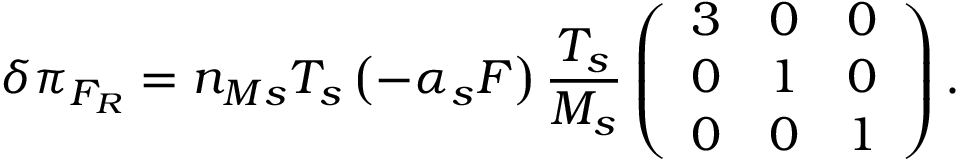
\delta \pi _ { F _ { R } } = n _ { M s } T _ { s } \left( - \alpha _ { s } F \right) \frac { T _ { s } } { M _ { s } } \left( \begin{array} { c c c } { 3 } & { 0 } & { 0 } \\ { 0 } & { 1 } & { 0 } \\ { 0 } & { 0 } & { 1 } \end{array} \right) .